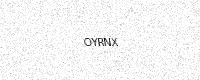
Text: OYRNX